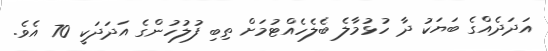
އަދަދެއްގެ ބަޔަކު ދާ ހުޅުމާލެ ބެލެހެއްޓުމަށް ތިބި ފުލުހުންގެ އަދަދަކީ 70 އެވެ.